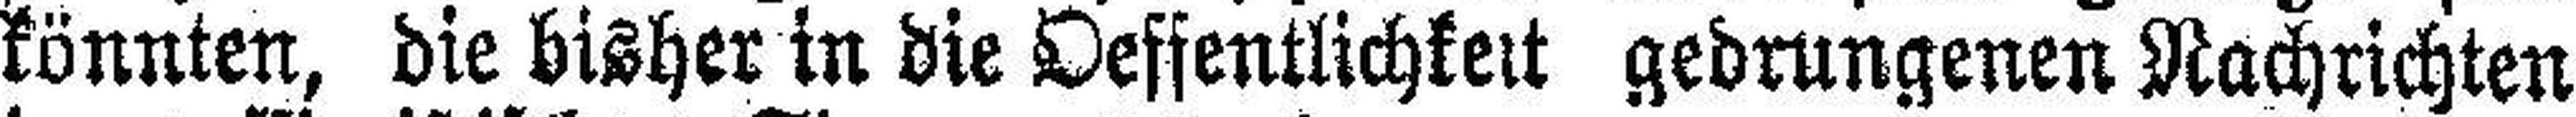
könnten, die bisher in die Oeffentlichkeit gedrungenen Nachrichten